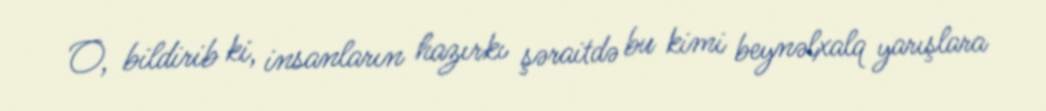
O, bildirib ki, insanların hazırkı şəraitdə bu kimi beynəlxalq yarışlara